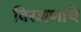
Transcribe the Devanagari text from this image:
विरजणाचे